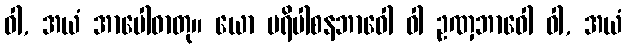
ဝါ, အယံ အာပေါဓာတု။ ယော ပရိပါစနဘာဝေါ ဝါ ဥဏှဘာဝေါ ဝါ, အယံ